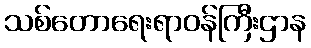
သစ်တောရေးရာဝန်ကြီးဌာန